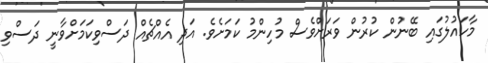
މާހައުލުގައި ބޭނުން ކުރުން ވަރަށްވެސް މުހިންމު ކަމަށެވެ. އަދި އެއްޗެއް ދަސްވިކަމަށްވާނީ ދަސްވި